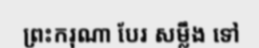
ព្រះករុណា បែរ សម្លឹង ទៅ